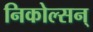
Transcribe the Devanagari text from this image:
निकोल्सन्‌